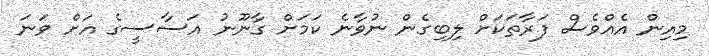
މިއިން އެއްވެސް ފަރާތަކަށް ލިބިގެން ނުވާނެ ކަމަށް ގާނޫނު އަސާސީގެ އަށް ވަނަ